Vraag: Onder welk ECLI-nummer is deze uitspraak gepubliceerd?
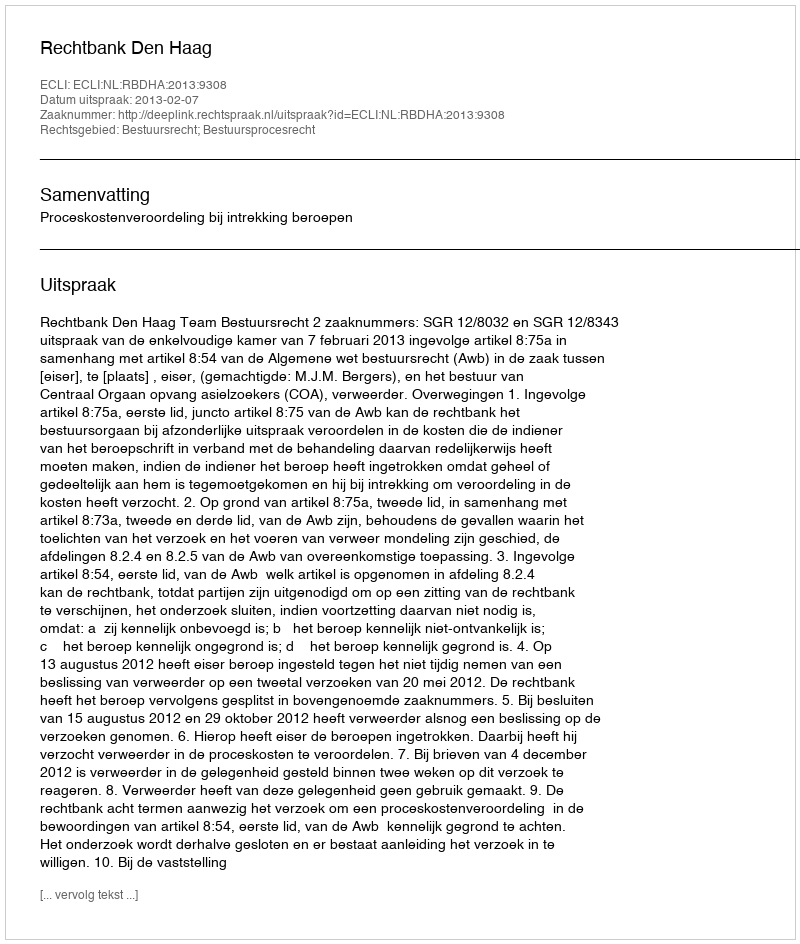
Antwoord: ECLI:NL:RBDHA:2013:9308